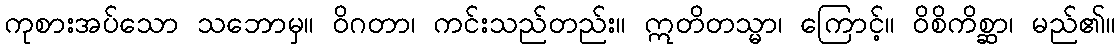
ကုစားအပ်သော သဘောမှ။ ဝိဂတာ၊ ကင်းသည်တည်း။ ဣတိတသ္မာ၊ ကြောင့်။ ဝိစိကိစ္ဆာ၊ မည်၏။